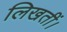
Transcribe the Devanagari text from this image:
लिखतीं।